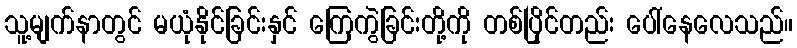
သူ့မျက်နာတွင် မယုံနိုင်ခြင်းနှင် ကြေကွဲခြင်းတို့ကို တစ်ပြိုင်တည်း ပေါ်နေလေသည်။